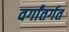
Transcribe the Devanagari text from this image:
वर्गांतर्गत